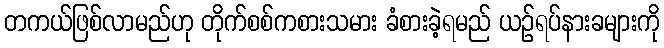
တကယ်ဖြစ်လာမည်ဟု တိုက်စစ်ကစားသမား ခံစားခဲ့ရမည် ယဉ်ရပ်နားခများကို